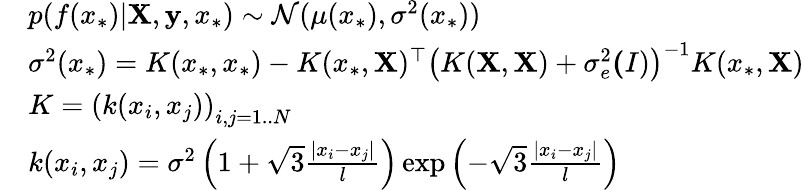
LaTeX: \begin{array}{rl}&{p(f(x_{\ast})|\mathbf{X},\mathbf{y},x_{\ast})\sim\mathcal{N}(\mu(x_{\ast}),\sigma^{2}(x_{\ast}))}\\ &{\sigma^{2}(x_{\ast})=K(x_{\ast},x_{\ast})-K(x_{\ast},\mathbf{X})^{\top}\left(K(\mathbf{X},\mathbf{X})+\sigma_{e}^{2}\mathbf(I)\right)^{-1}K(x_{\ast},\mathbf{X})}\\ &{K=\left(k(x_{i},x_{j})\right)_{i,j=1..N}}\\ &{k(x_{i},x_{j})=\sigma^{2}\left(1+\sqrt{3}\frac{|x_{i}-x_{j}|}{l}\right)\exp\left(-\sqrt{3}\frac{|x_{i}-x_{j}|}{l}\right)}\end{array}